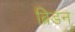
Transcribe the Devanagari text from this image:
ब्रिडन